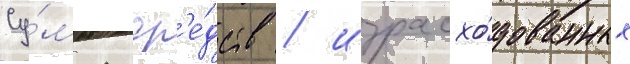
Су́мма ср'е́дств / израсхо́дованных